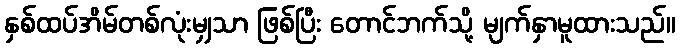
နှစ်ထပ်အိမ်တစ်လုံးမျှသာ ဖြစ်ပြီး တောင်ဘက်သို့ မျက်နှာမူထားသည်။